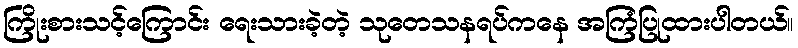
ကြိုးစားသင့်ကြောင်း ရေးသားခဲ့တဲ့ သုတေသနရပ်ကနေ အကြံပြုထားပါတယ်။